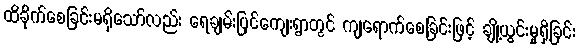
ထိခိုက်စေခြင်းမရှိသော်လည်း ရေချမ်းပြင်ကျေးရွာတွင် ကျရောက်စေခြင်းဖြင့် ချို့ယွင်းမှုရှိခြင်း